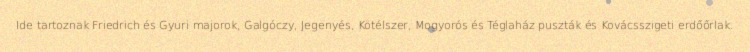
Ide tartoznak Friedrich és Gyuri majorok, Galgóczy, Jegenyés, Kötélszer, Mogyorós és Téglaház puszták és Kovácsszigeti erdőőrlak.